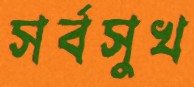
সর্বসুখ